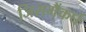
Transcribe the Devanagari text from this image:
जिसमेंकर्घे